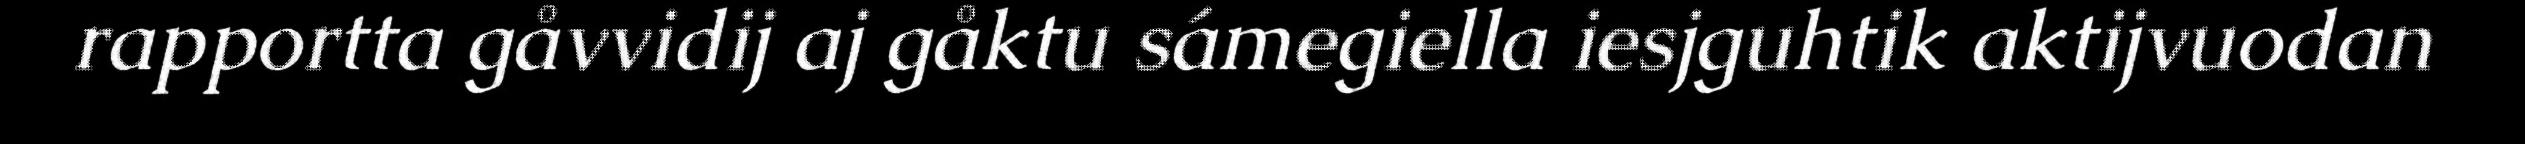
rapportta gåvvidij aj gåktu sámegiella iesjguhtik aktijvuodan